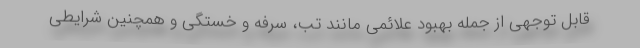
قابل توجهی از جمله بهبود علائمی مانند تب، سرفه و خستگی و همچنین شرایطی